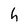
Character: h